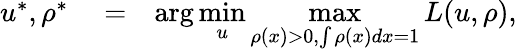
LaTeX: \begin{array}{rlr}{u^{*},\rho^{*}}&{{}=}&{\arg\underset{u}{\operatorname*{min}}\underset{\rho(x)>0,\int\rho(x)dx=1}{\operatorname*{max}}L(u,\rho),}\end{array}